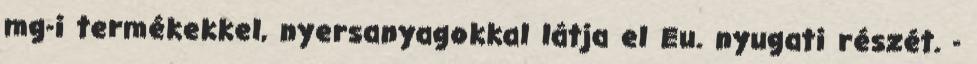
mg-i termékekkel, nyersanyagokkal látja el Eu. nyugati részét. -